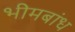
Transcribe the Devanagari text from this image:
भीमबांध